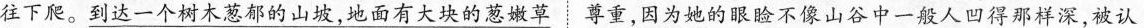
往下爬。到达一个树木葱郁的山坡，地面有大块的葱嫩草⋮尊重，因为她的眼睑不像山谷中一般人凹得那样深，被认